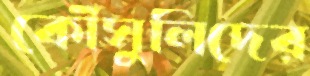
কৌঁসুলিদের